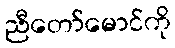
ညီတော်မောင်ကို